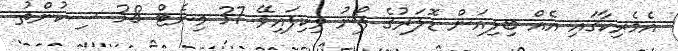
އެމެރިކާގައި އެއް ބިލިއަން ޑޮލަރުގެ ފޯނު ވިކިފައިވޭ 37 މިނެޓް 38 ސިކުންތު